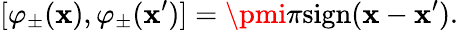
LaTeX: [\varphi_{\pm}(\mathbf{x}),\varphi_{\pm}(\mathbf{x}^{\prime})]=\pmi\pi\mathrm{{sign}}(\mathbf{x}-\mathbf{x}^{\prime}).